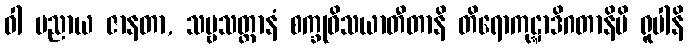
ဝါ ပညာယ ဇာနတာ, သဗ္ဗသတ္တာနံ စက္ခုဝိသယာတီတာနိ တိရောကုဋ္ဋာဒိဂတာနိပိ ရူပါနိ